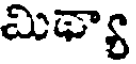
మిథ్యా